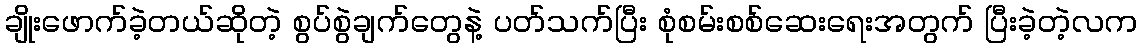
ချိုးဖောက်ခဲ့တယ်ဆိုတဲ့ စွပ်စွဲချက်တွေနဲ့ ပတ်သက်ပြီး စုံစမ်းစစ်ဆေးရေးအတွက် ပြီးခဲ့တဲ့လက